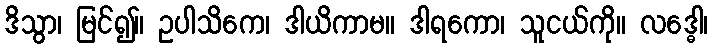
ဒိသွာ၊ မြင်၍။ ဥပါသိကေ၊ ဒါယိကာမ။ ဒါရကော၊ သူငယ်ကို။ လဒ္ဓေါ၊